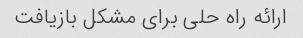
ارائه راه حلی برای مشکل بازیافت